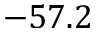
- 5 7 . 2